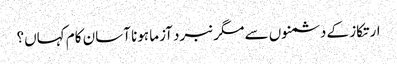
ارتکاز کے دشمنوں سے مگر نبرد آزما ہونا آسان کام کہاں؟